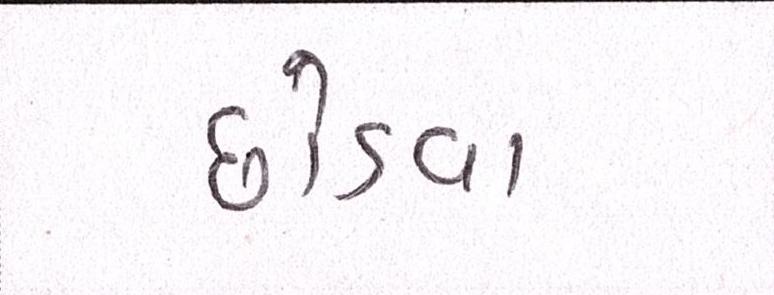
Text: છોડવા